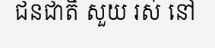
ជនជាតិ សួយ រស់ នៅ